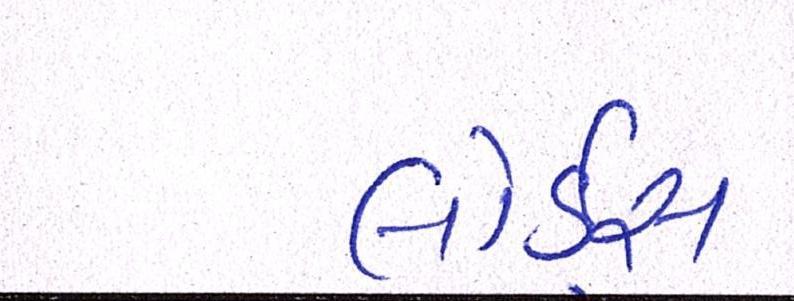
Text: લોર્ડ્સ